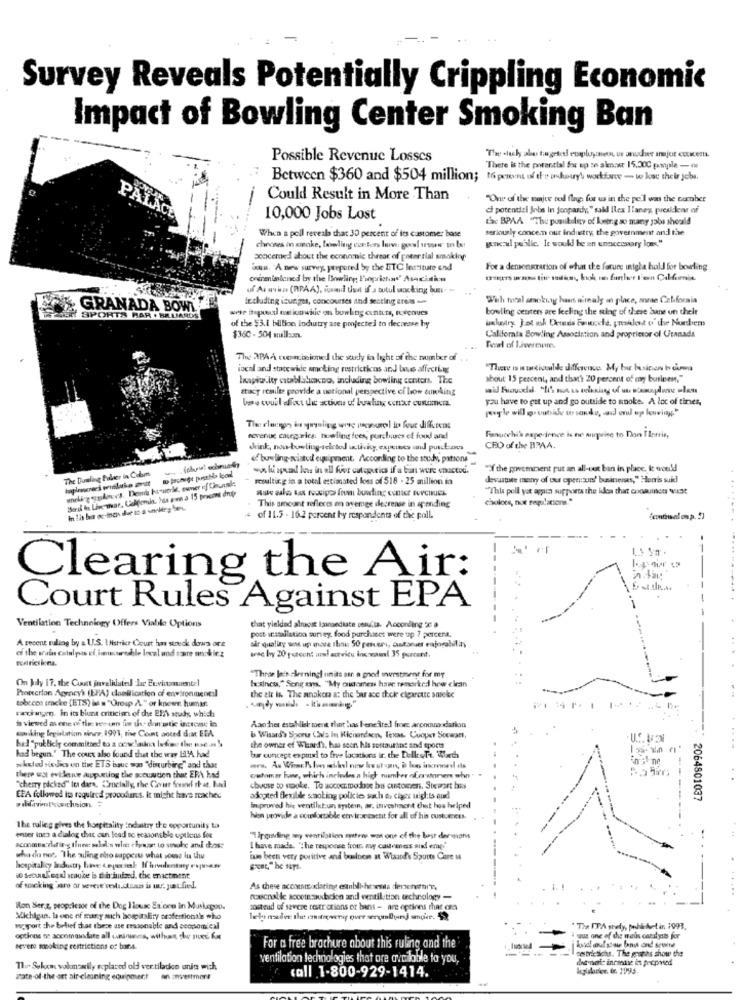
Survey Reveals Potentially Crippling Economic
Impact of Bowling Center Smoking Ban
Possible Revenue Losses
There is the potential for sp se alencet 15.200 painple -
Between $360 and $504 million;
16 porent of the auhoury! workforce - ve lost their jobs.
Could Result in More Than
"One of the najce red flags for us in the pell was the barber
ci potentizi jnbs in jonpardy, " said Blex I'aney, president of
PALACE
10,000 Jobs Lost
L'ac BPAA "The possibility of koenig so many jobs should
When a poll reveals that 30 percent of its customer base
seriously concem our industry, the government and the
goncaul public. It would be en unecessary lons."
chooses in cioke, bowling centers low: goal uson su bar
concerned about the economic threat of goenrsial smoking
www. "A new survey. prepared by the ETC lessiture end
For a demonstration of øhun the fature intgla hold for bowling
crenmissioned by the Bowling; Proprietor' Asociation
of As avis (RPAA), fand tait if a outul working bus. -
Including itueiges, concourses and seating eness
With total smoking hass a'realy in place, some California
GRANADA BOWL
wete ihnpool os ionwie on bowlog cunters, revenues
bowling centers are feeling the sting of these une on their
SPORTS BAR . BRLIARDS
of the $3.1 billion Industry are projected to decrease by
$360 - 504 wull:un.
Califorala Bowling Association and proprietor of Uranada
Feel of Livermore.
The APAA quemcipioned the study in light of the number of
local and statewide ameting restrictions an.J bue affecting
There is mundicabde difference. My big business is cuma
Inapic.ity ustablalucacno, including bowling centers. The
about: 15 percent, and that's 20 percent of my busicent,"
etin'y resulte provide a netional perspective ci low smoking
bau svull affect die actives of bowling our customers.
you have to get up and go outside to spoke. A lot of tines,
revenue categories: bowling fees, purchases ef food and
Fanucchi's experience is ne suprise to Don Ilerris,
CEO of the BRAA.
ofbowling-mcintod equipment, According to the study, pations
The Dumlog Palier in Calm
"Y the govemment put se all-vet ban in place, i would
weling teplo:es. Den hoswerke, owner if Ciunsde
resulting in a total estimated loss of $18 - 25 million in
devaste many of our openzuun' businesses," Homris suid
"This poll yet again supports the idea that coomvinet Nicht
choloes, noe regulations."
This amount refleres m average decrease in spending
of 11.5 . 16.2 percent by respondents of the poll.
Clearing the Air:
Court Rules Against EPA
Ventilation Technology Offers Viable Options
that yieldad altuoit izinediate cenu'la. According de a
A recent ruling by a U.S. I.Histrice Court has stoeck down ore
post- installation survey food purchases were up 7 percent.
. .....
of the ruins catalysis ef limmertable local and tare unokir z
air quality sn up more Ihni: 50 peteri, customer enjorabilir
On July 17, the Court invalidated lar Envicomentel
"These lees sleeningl units ser a good wwwestment for my
Ixxincts," Sengays. "My cutomen haw remarked hew clean
Protection Agency's (EPA) dlanilication of environmental
tobecon tracke (BTS) is a "Group A." or knows human.
the air in The anakera a: the bur ace theke clearcute sareke
wciwgen. In its biunt critician of che ERh study which
i viewed as one of the vee-ents fim uh. don ote increase in
making legislation since 1991, rive Count aoted dia EEA
Aaoter establish ment that has beneilred from accommodation
b Whsard's Sporu (S/s In Richardsen, Texas. Cooper Sccaant,
U.S. VON
ha:] "publicly committed to a corwc ladoa ladowe the use ..
the owner of Wharf), hai soon his sestouring and sports
...
had begun." The court also found that the way Il!A had
bur concept expand to frve locations ir. the DullesTe. Weth
"keted riedis on the ETS issue was "disturbing" and that
there wst evidence auputting the accustien that ERA had
"cherry picked" Its dare, Crucially, the Covers found that, hund
celomer hume, which includes a high number ofosinnen whn
cheuse to sooke. To accommodate but customeri, Stewart has
EFA followed its required procodurcs. it might have reached
adopted flexible smoking polk les sach &, class uigh.is qud
2064801037
improved his ventilit.un systein, ar, investment tut hos helped
hin provide a comfortable erviceesetit for all of his custuerces.
The ruling gives the hospitality industry the opportunity to
enter into a dialog chuet oun lead se reasonable options for
"1 Årguiding mey ventilation seitens was one of the last dermans
aconmus dlefir-g flue: salalos vlies chywant to smoke and dass
I have made. "The response from my casemes and emp'
wha du nes. The ailing elo sapperu what youse iu thu
Das been very positive and business at Wiaand's Spurts Care u
hospitality industry have cepeiak If hivlentay ryjuan
so setulegal staube i thin huised. the enactment
....
of snicking sar ar verere voli.dsans is ur. Just fied.
As these accontoklaring eaubli-hess denachsturz,
foucnalle soootesiodbcien and ventilation technology -
Ron Ser,z. peoplesoe of the Deg Ilouse Es'one in Muskegoo.
sosteud of severe restrictions or bans - are options that ofa
Michigan, la one of many auch hospitality profestionals who
let medve the towers over serumbyinj smoker. 59
wcsport che belief that thece ase reasonable and economical
Tia ITA stely, publi-huet in 1993.
options os aocomaindate all caninunnis, withuse che ques. &#
i sus one of the weis catalysts for
Bevere meoking restrictions of bans.
For a free brochure about this ruling and the'
---
beitricsichs. The graphs show the
ventilation technologies that are available to you,
The Seken vokmarily replaced old ver tilado onia wich
call 1-800-929-1414.
state-of-the art air cleaning equipment